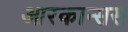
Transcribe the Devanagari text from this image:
आरकान्सस